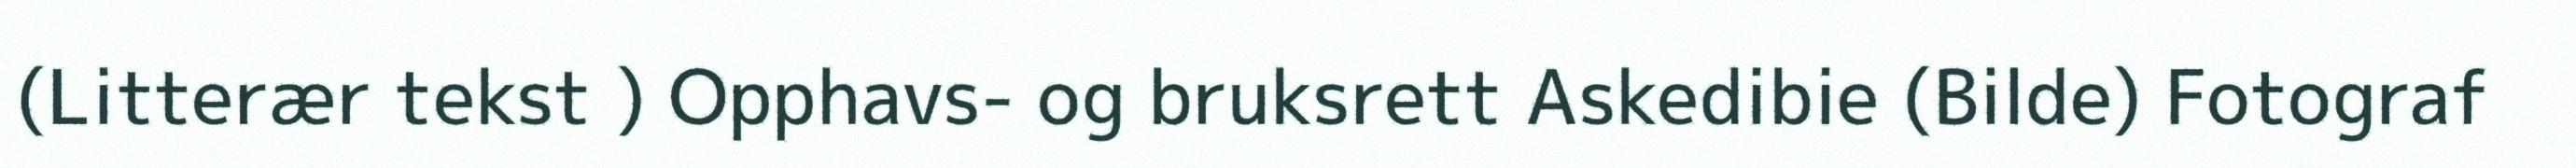
(Litterær tekst ) Opphavs- og bruksrett Askedibie (Bilde) Fotograf